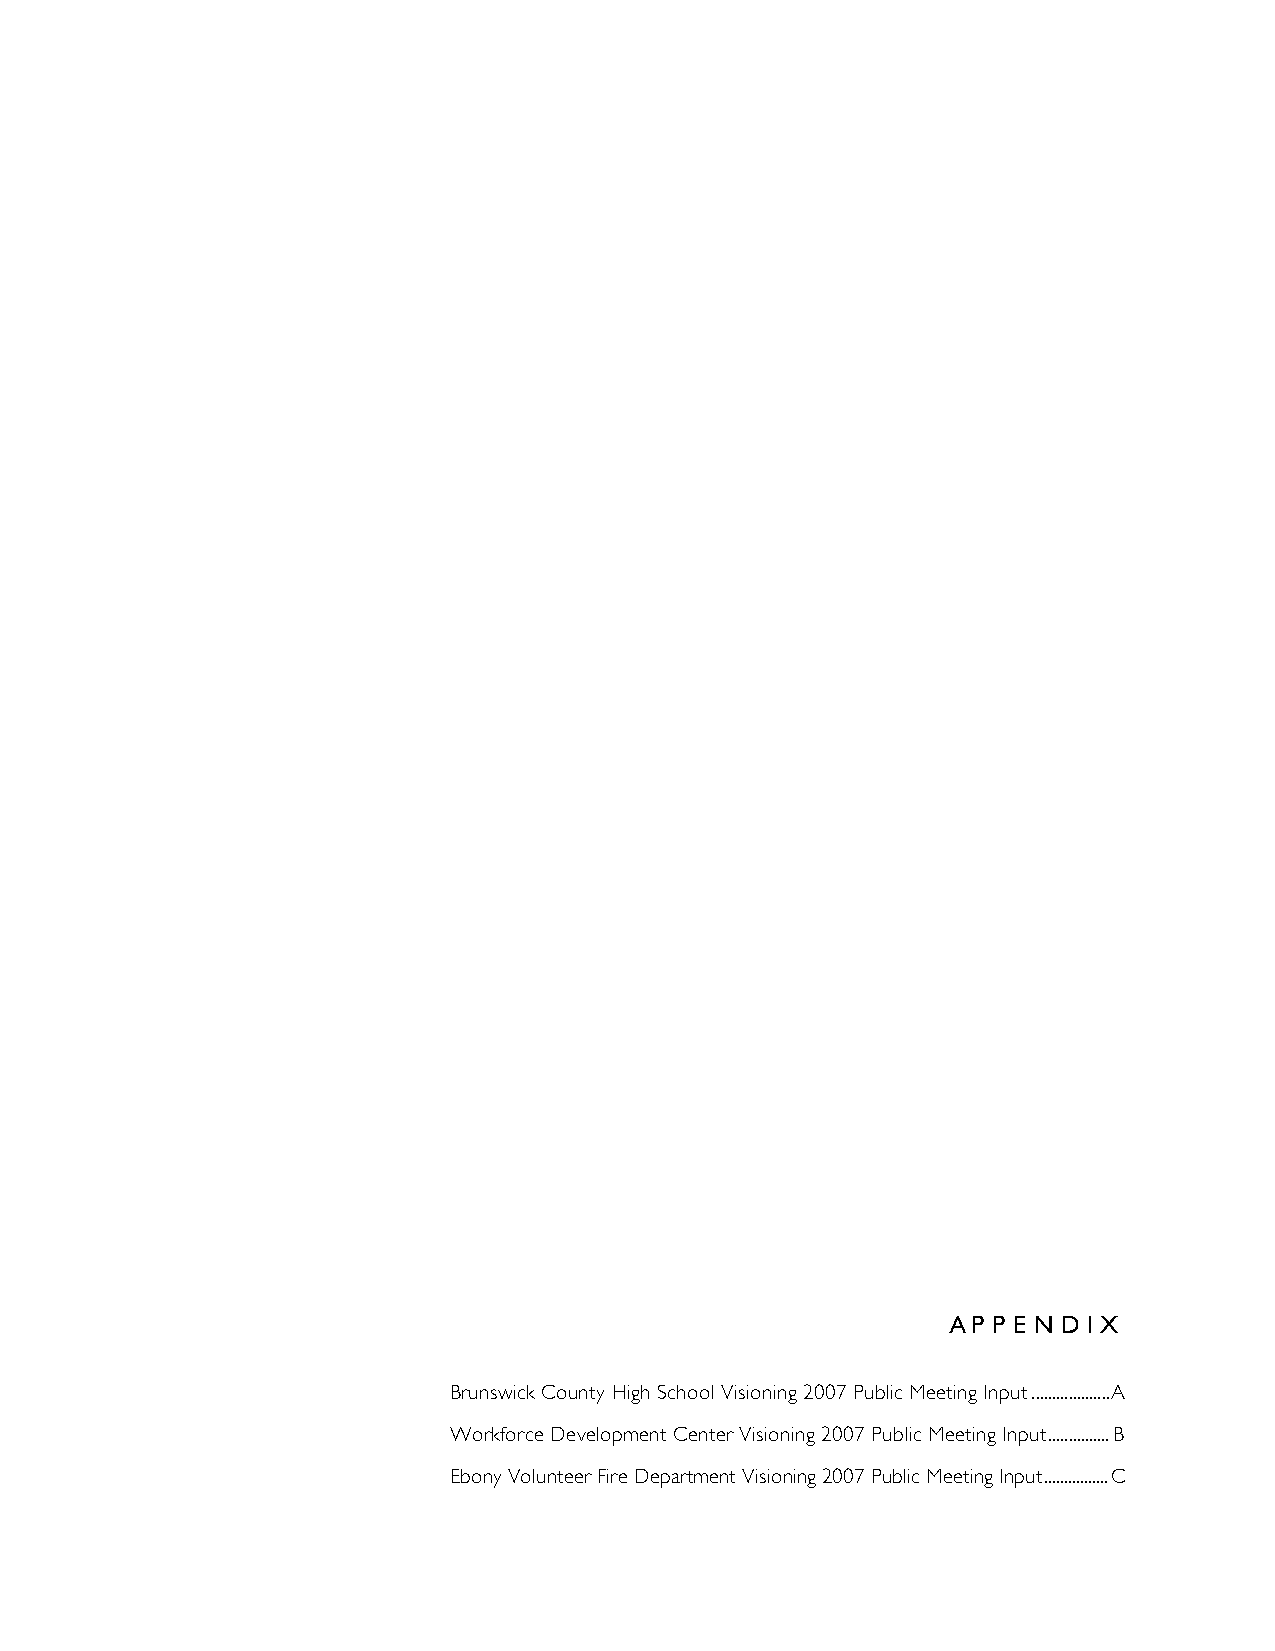
A P P E N D I X
 Brunswick County High School Visioning 2007 Public Meeting Input...................A
 Workforce Development Center Visioning 2007 Public Meeting Input...............B
 Ebony Volunteer Fire Department Visioning 2007 Public Meeting Input................C